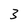
Character: Z